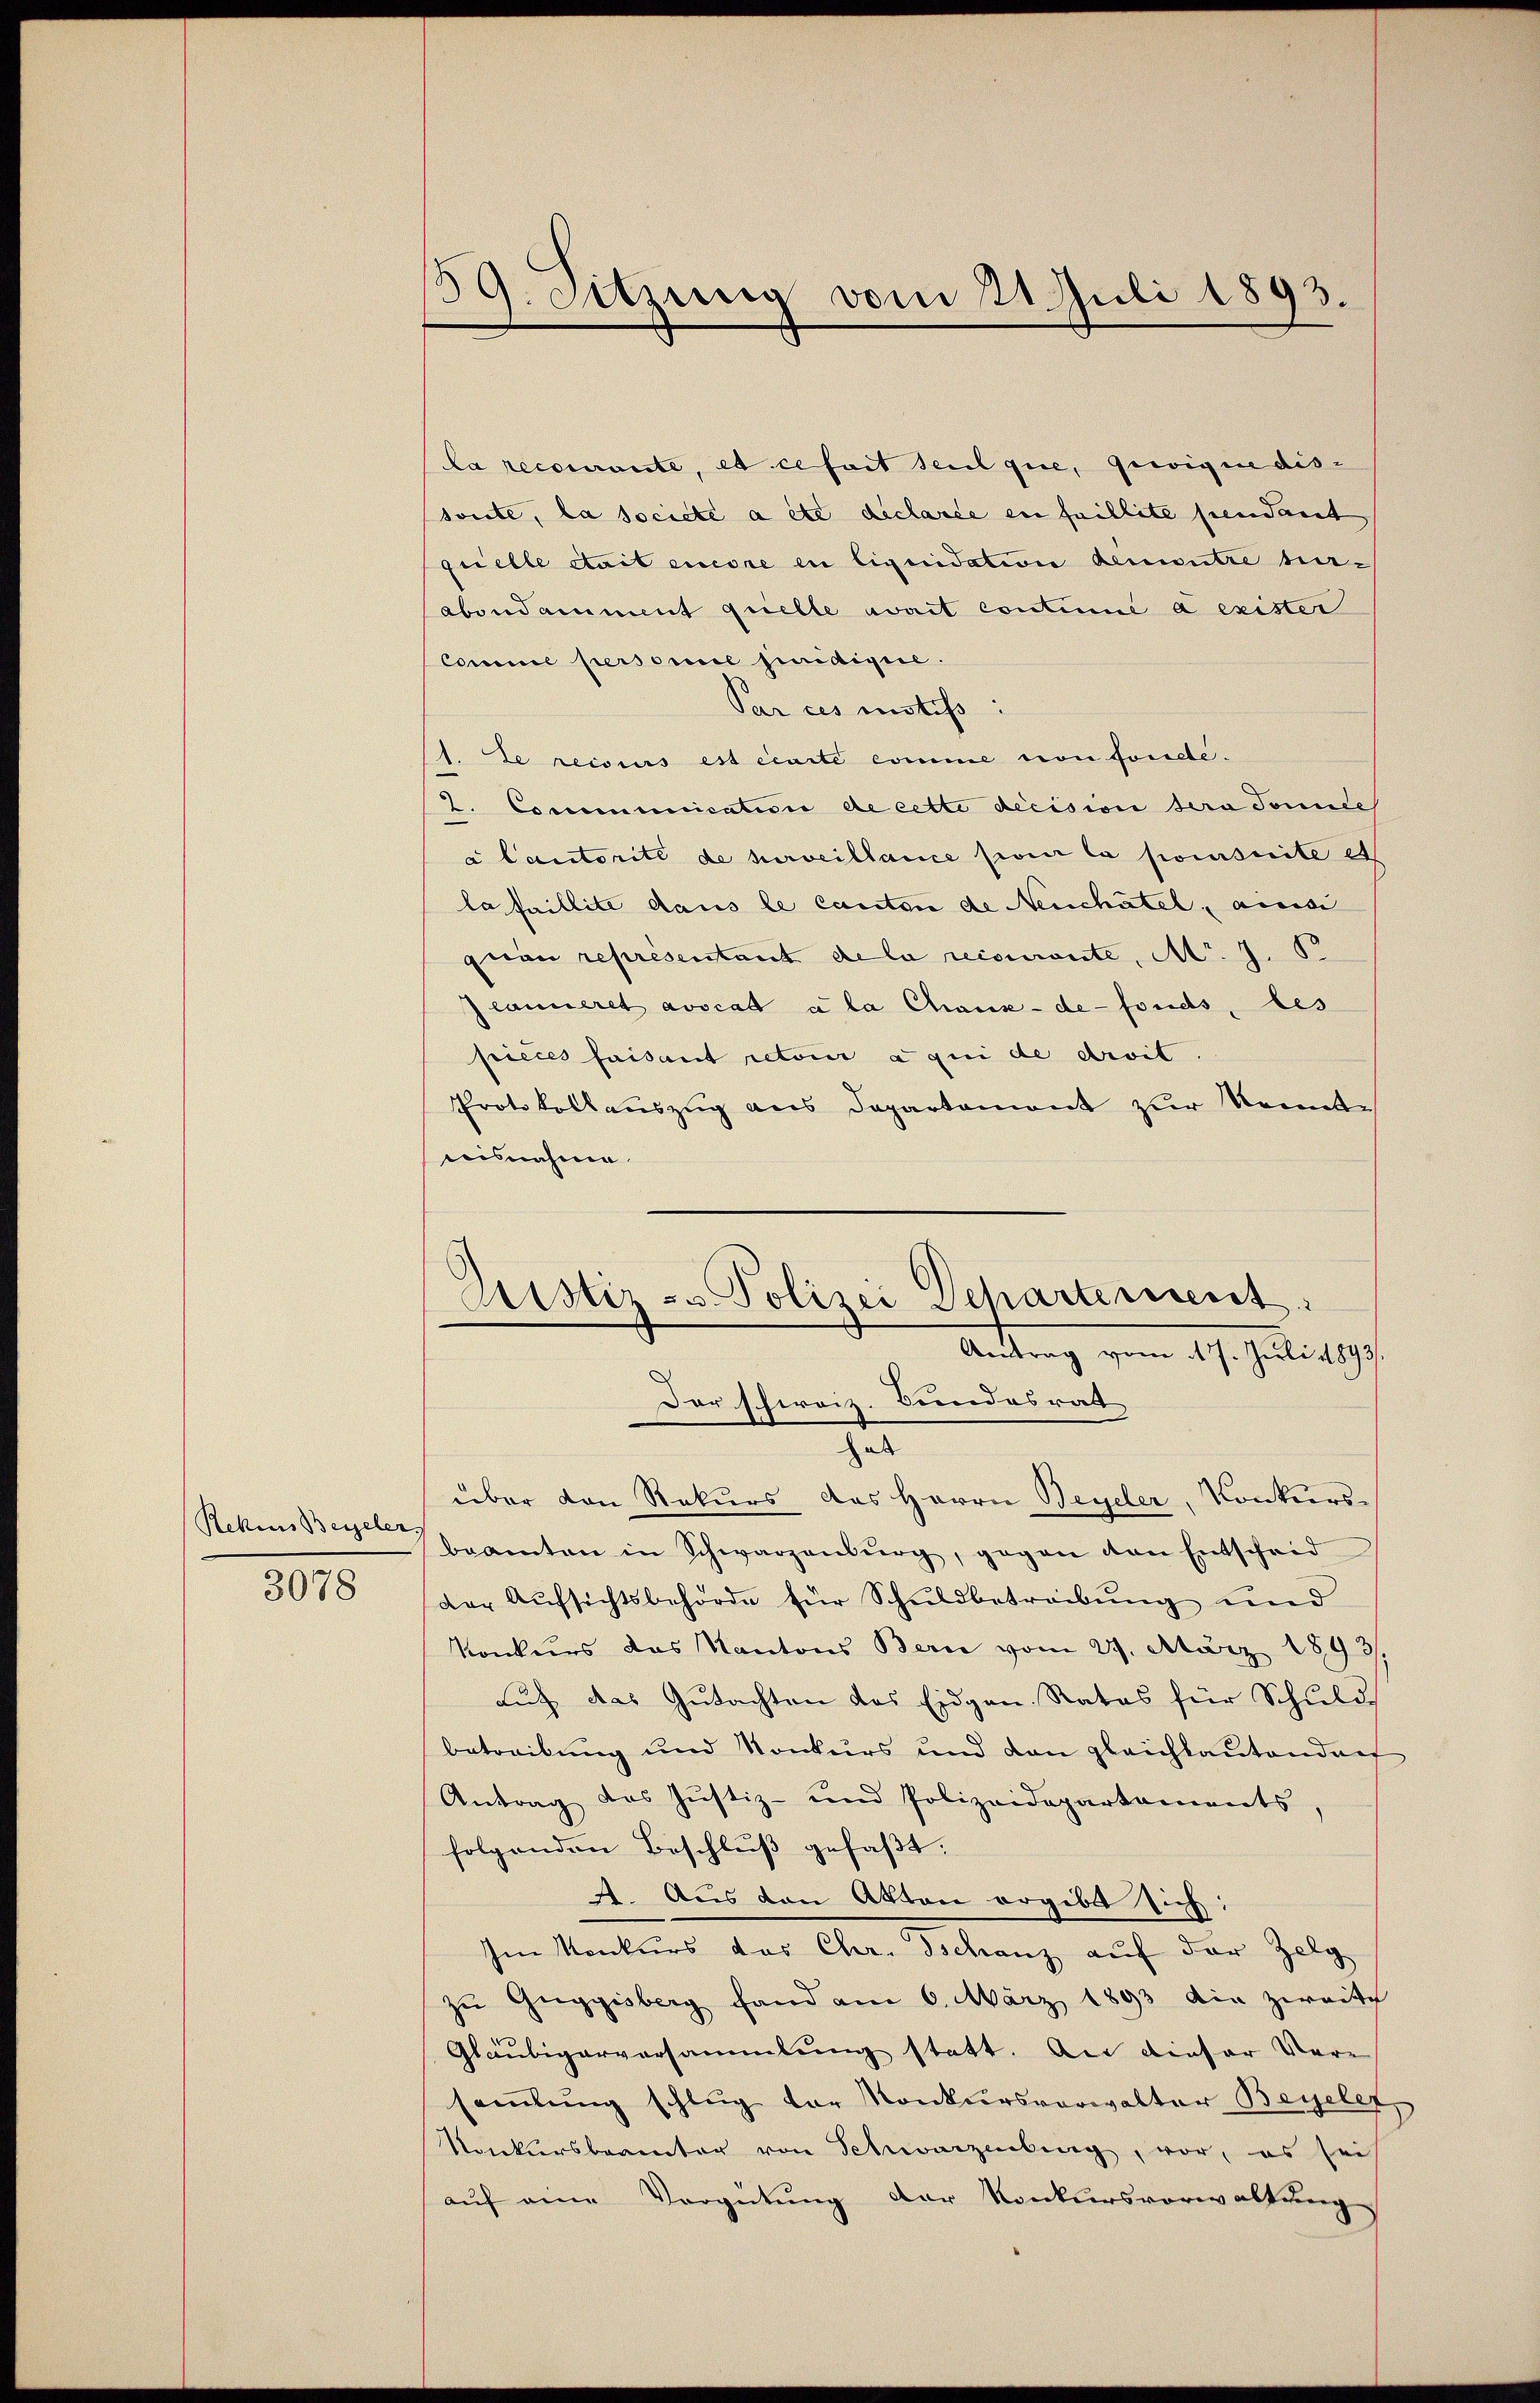
Rekes Beyeler.

3078

la recourante, et ce fort seul que, Gewigne dis-
soute, la socicte a été déclarée en faillite pendant,
quelle était encore in liquidation demontre herabondamment quelle avait contini a exister
Comme persone juridigie.
Par ces istis:
1. Le recours est écarte comme von foncte.
2. Communication de cette decision sera Sonnel
a lautorité de herveillance pour la poursuite et
la faillite dans le Canton de Neuchâtel, ainsi
quau représentant de la recourante, Mr. J. S.
lancieret avocat à la Chaux-de-Fonds, les
pieces faisant retoir à qui de droit
Protokollauszug aus Departement zur konnte
aeisnahme

59. Sitzung vom 21. Juli 1893.

Justiz- u Polizei Departement
Antrag vom 17. Juli 1893/
Der schweiz. Bundesrat

a
über von Rekurs des Herrn Beyder, Konkursbeamten in Schwarzenburg, gegen den Entscheid
der Aufsichtsbehörde für Schuldbetreibung und
Konkurs das Kantons Bern vom 27. März 1893.
auf das Gutachten das Eidgen. Rates für Schuld
betreibung und Konkurs und dan gleichtautendant
Antrag des Jŭstiz- und Polizeidepartaments
folgenden Beschluß gefaßt:
4. Aus den Akten ergibt sich:
Im Konkurs das Chr. Tschanz auf der Zelg
zu Guggisberg fand am 6. März 1893 die zweite
Gläubigerversammlung statt. An dieser Vere
samlung schlug der Konkursverwalter Beyseler
Konkursberinter von Schwarzenberg, vor, es sei
aŭf eine Vergütung der Konkursverwaltung